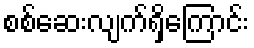
စစ်ဆေးလျက်ရှိကြောင်း